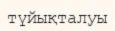
түйықталуы